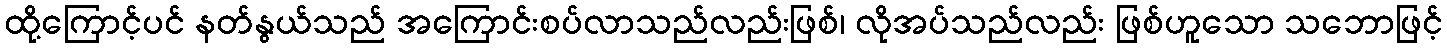
ထို့ကြောင့်ပင် နတ်နွယ်သည် အကြောင်းစပ်လာသည်လည်းဖြစ်၊ လိုအပ်သည်လည်း ဖြစ်ဟူသော သဘောဖြင့်